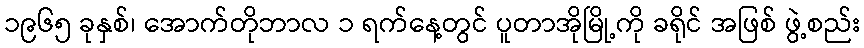
၁၉၆၅ ခုနှစ်၊ အောက်တိုဘာလ ၁ ရက်နေ့တွင် ပူတာအိုမြို့ကို ခရိုင် အဖြစ် ဖွဲ့စည်း